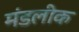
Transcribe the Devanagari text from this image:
मंडलीक